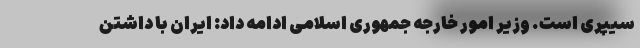
سیپری است. وزیر امور خارجه جمهوری اسلامی ادامه داد: ایران با داشتن